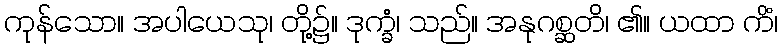
ကုန်သော။ အပါယေသု၊ တို့၌။ ဒုက္ခံ၊ သည်။ အနုဂစ္ဆတိ၊ ၏။ ယထာ ကိံ၊